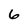
Character: 6